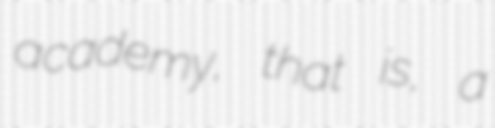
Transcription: academy, that is, a